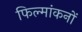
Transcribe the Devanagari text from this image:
फिल्मांकनों